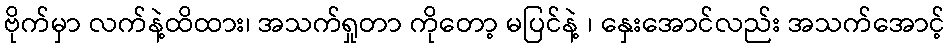
ဗိုက်မှာ လက်နဲ့ထိထား၊ အသက်ရှုတာ ကိုတော့ မပြင်နဲ့ ၊ နှေးအောင်လည်း အသက်အောင့်